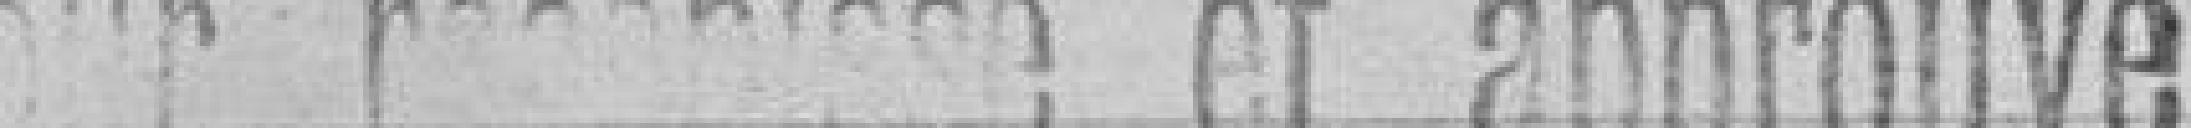
Vu pour récépissé et approuvé